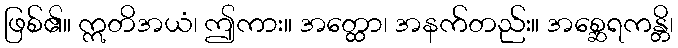
ဖြစ်၏။ ဣတိအယံ၊ ဤကား။ အတ္ထော၊ အနက်တည်း။ အစ္ဆေရကန္တိ၊